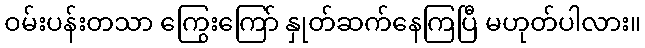
ဝမ်းပန်းတသာ ကြွေးကြော် နှုတ်ဆက်နေကြပြီ မဟုတ်ပါလား။